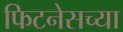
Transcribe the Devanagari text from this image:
फिटनेसच्या